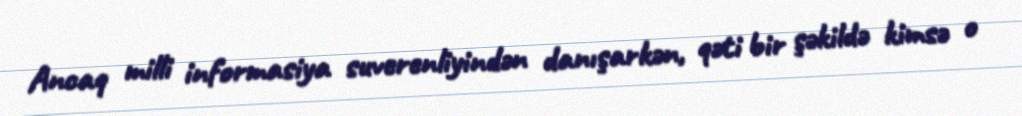
Ancaq milli informasiya suverenliyindən danışarkən, qəti bir şəkildə kimsə o